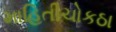
માહિતીચોકઠા